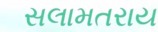
સલામતરાય